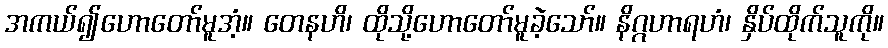
အကယ်၍ဟောတော်မူအံ့။ တေနဟိ၊ ထိုသို့ဟောတော်မူခဲ့သော်။ နိဂ္ဂဟာရဟံ၊ နှိပ်ထိုက်သူကို။